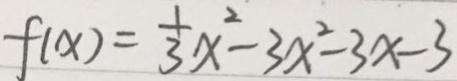
f ( x ) = \frac { 1 } { 3 } x ^ { 2 } - 3 x ^ { 2 } - 3 x - 3